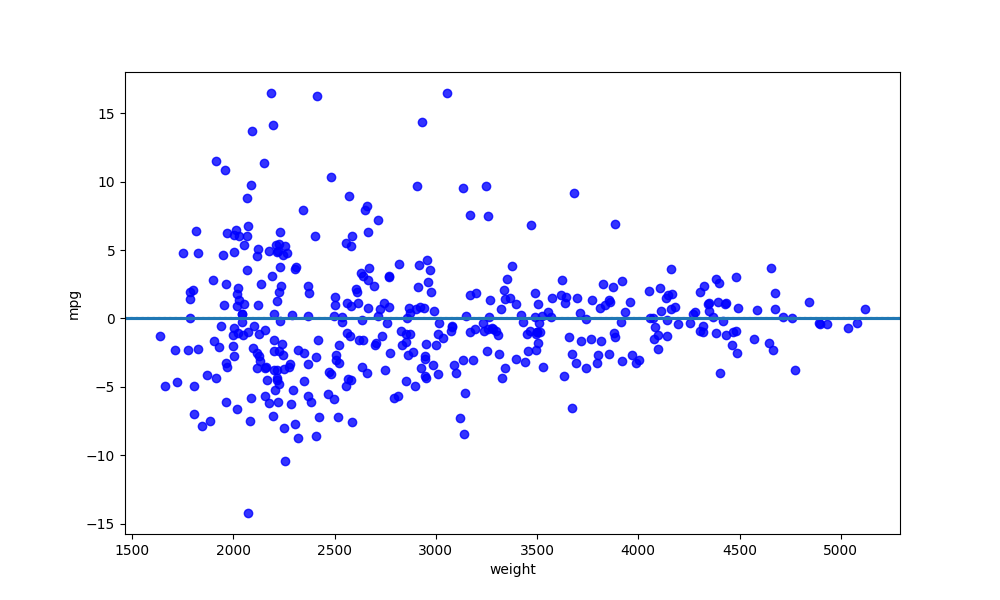
python, seaborn, residplot, lowess=True, scatter_color=blue